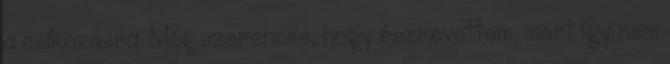
a csíkozásra. Még szerencse, hogy észrevettem, mert így nem